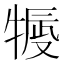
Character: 𤚿